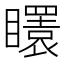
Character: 𥌡